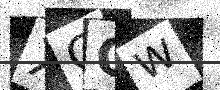
Text: XGOW